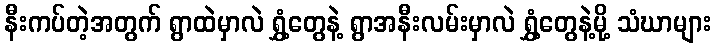
နီးကပ်တဲ့အတွက် ရွာထဲမှာလဲ ရွှံ့တွေနဲ့ ရွာအနီးလမ်းမှာလဲ ရွှံ့တွေနဲ့မို့ သံဃာများ